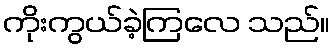
ကိုးကွယ်ခဲ့ကြလေ သည်။